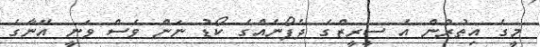
މީގެ އިތުރުން އެ ސީރީޒްގެ ދެފޯނެއްގެ ކޯޑު ނަން ވެސް ވަނީ އޭނާގެ